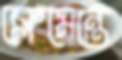
ক্লেমেন্তে